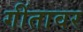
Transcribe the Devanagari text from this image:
गींतावर